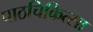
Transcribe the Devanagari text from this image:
पाठचिकित्सा